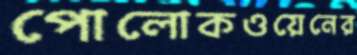
পোলোকওয়েনের